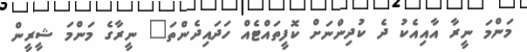
މަންމަ ނީރާ އާއިއެކު ދެ ކުދިންނަށް ކޮފީތައްޓެއް ހަދައިދެންތަ" ނީރާގެ މަންމަ ޝީރީން